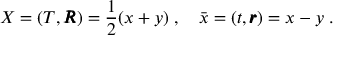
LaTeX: X = ( T , \pmb { R } ) = \frac { 1 } { 2 } ( x + y ) \; , \quad \bar { x } = ( t , \pmb { r } ) = x - y \nonumber \; .